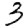
Digit: 3